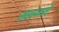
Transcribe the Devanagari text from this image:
खचणारे